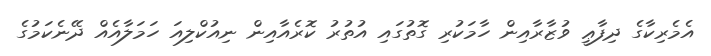
އެމެރިކާގެ ދިފާޢީ ވުޒާރާއިން ހާމަކުރި ގޮތުގައި އުތުރު ކޮރެއާއިން ނިއުކްލިއަ ހަމަލާއެއް ދޭނެކަމުގެ